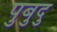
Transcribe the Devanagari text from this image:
पुबुदु